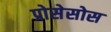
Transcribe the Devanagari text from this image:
प्रोसेसोस